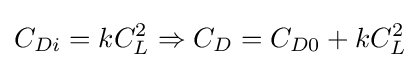
C_{Di}=kC_{L}^{2}\Rightarrow C_{D}=C_{D0}+kC_{L}^{2}